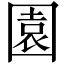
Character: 園